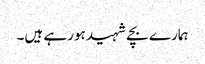
ہمارے بچے شہید ہورہے ہیں۔